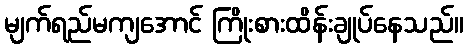
မျက်ရည်မကျအောင် ကြိုးစားထိန်းချုပ်နေသည်။